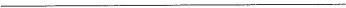
___